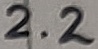
Text: 2.2